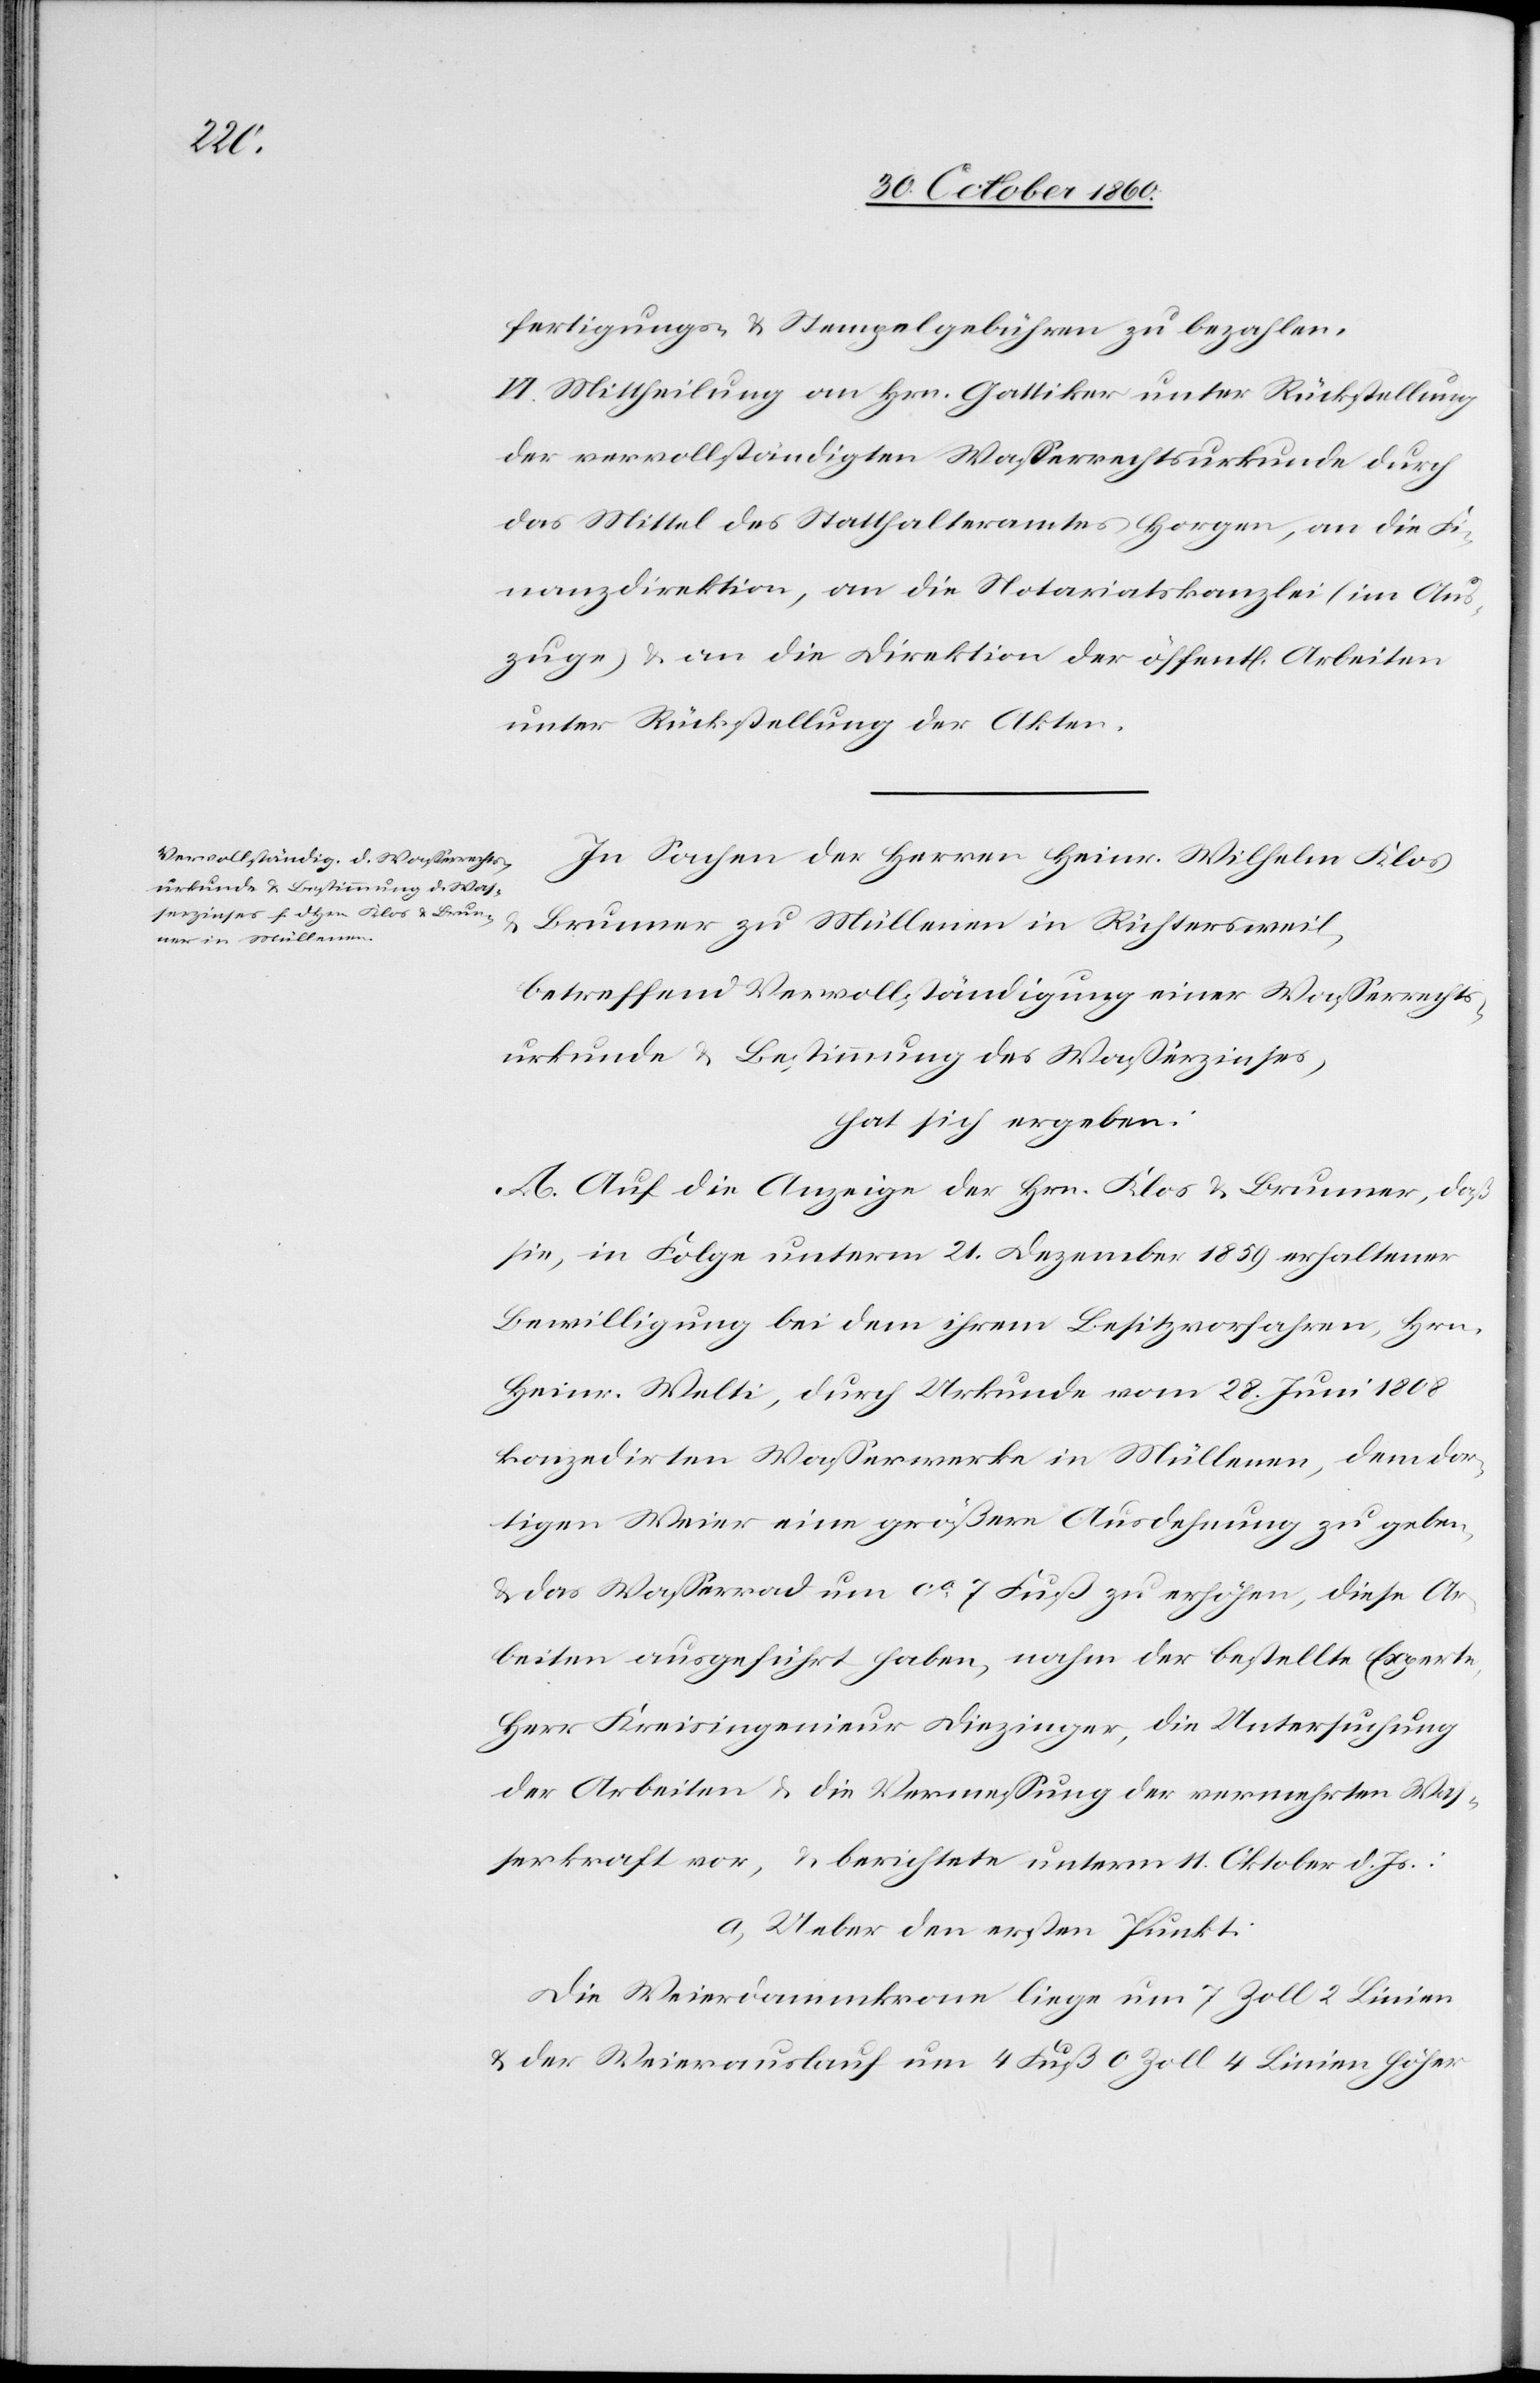
fertigungs- u. Stempelgebühren zu bezahlen.
VI. Mittheilung an Hrn. Gattiker unter Rückstellung
der vervollständigten Wasserrechtsurkunde durch
das Mittel des Statthalteramtes Horgen, an die Fi¬
nanzdirektion, an die Notariatskanzlei (im Aus¬
zuge) u. an die Direktion der öffent[lichen] Arbeiten
unter Rücksendung der Akten.
In Sachen der Herren Heinr. Wilhelm Klos
Brunner zu Müllenen in Richtersweil,
betreffend Vervollständigung einer Wasserrechts¬
urkunde u. Bestimmung des Wasserzinses,
hat sich ergeben:
A. Auf die Anzeige des Hrn. Klos u. Brunner, daß
sie, in Folge unterm 21. Dezember 1859 erhaltener
Bewilligung bei dem ihrem Besitzvorfahren, Hrn.
Heinr. Welti, durch Urkunde vom 28. Juni 1808
konzedirten Wasserwerke in Müllenen, dem dor¬
tigen Weier eine größere Ausdehnung zu geben,
u. das Wasserrad um ca 7 Fuß zu erhöhen, diese Ar¬
beiten ausgeführt haben, nahm der bestellte Experte,
Herr Kreisingenieur Diezinger, die Untersuchung
der Arbeiten u. die Vermessung der vermehrten Was¬
serkraft vor, u. berichtete unterm 11. Oktober d. Js.:
a. Ueber den ersten Punkt:
Die Weierdammkrone liege um 7 Zoll 2 Linien
u. der Weierauslauf um 4 Fuß 0 Zoll 4 Linien höher